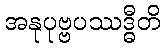
အနုပုဗ္ဗပဿဒ္ဓီတိ